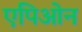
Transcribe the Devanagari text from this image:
एपिओन